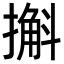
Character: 㩂